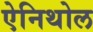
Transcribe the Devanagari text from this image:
ऐनिथोल